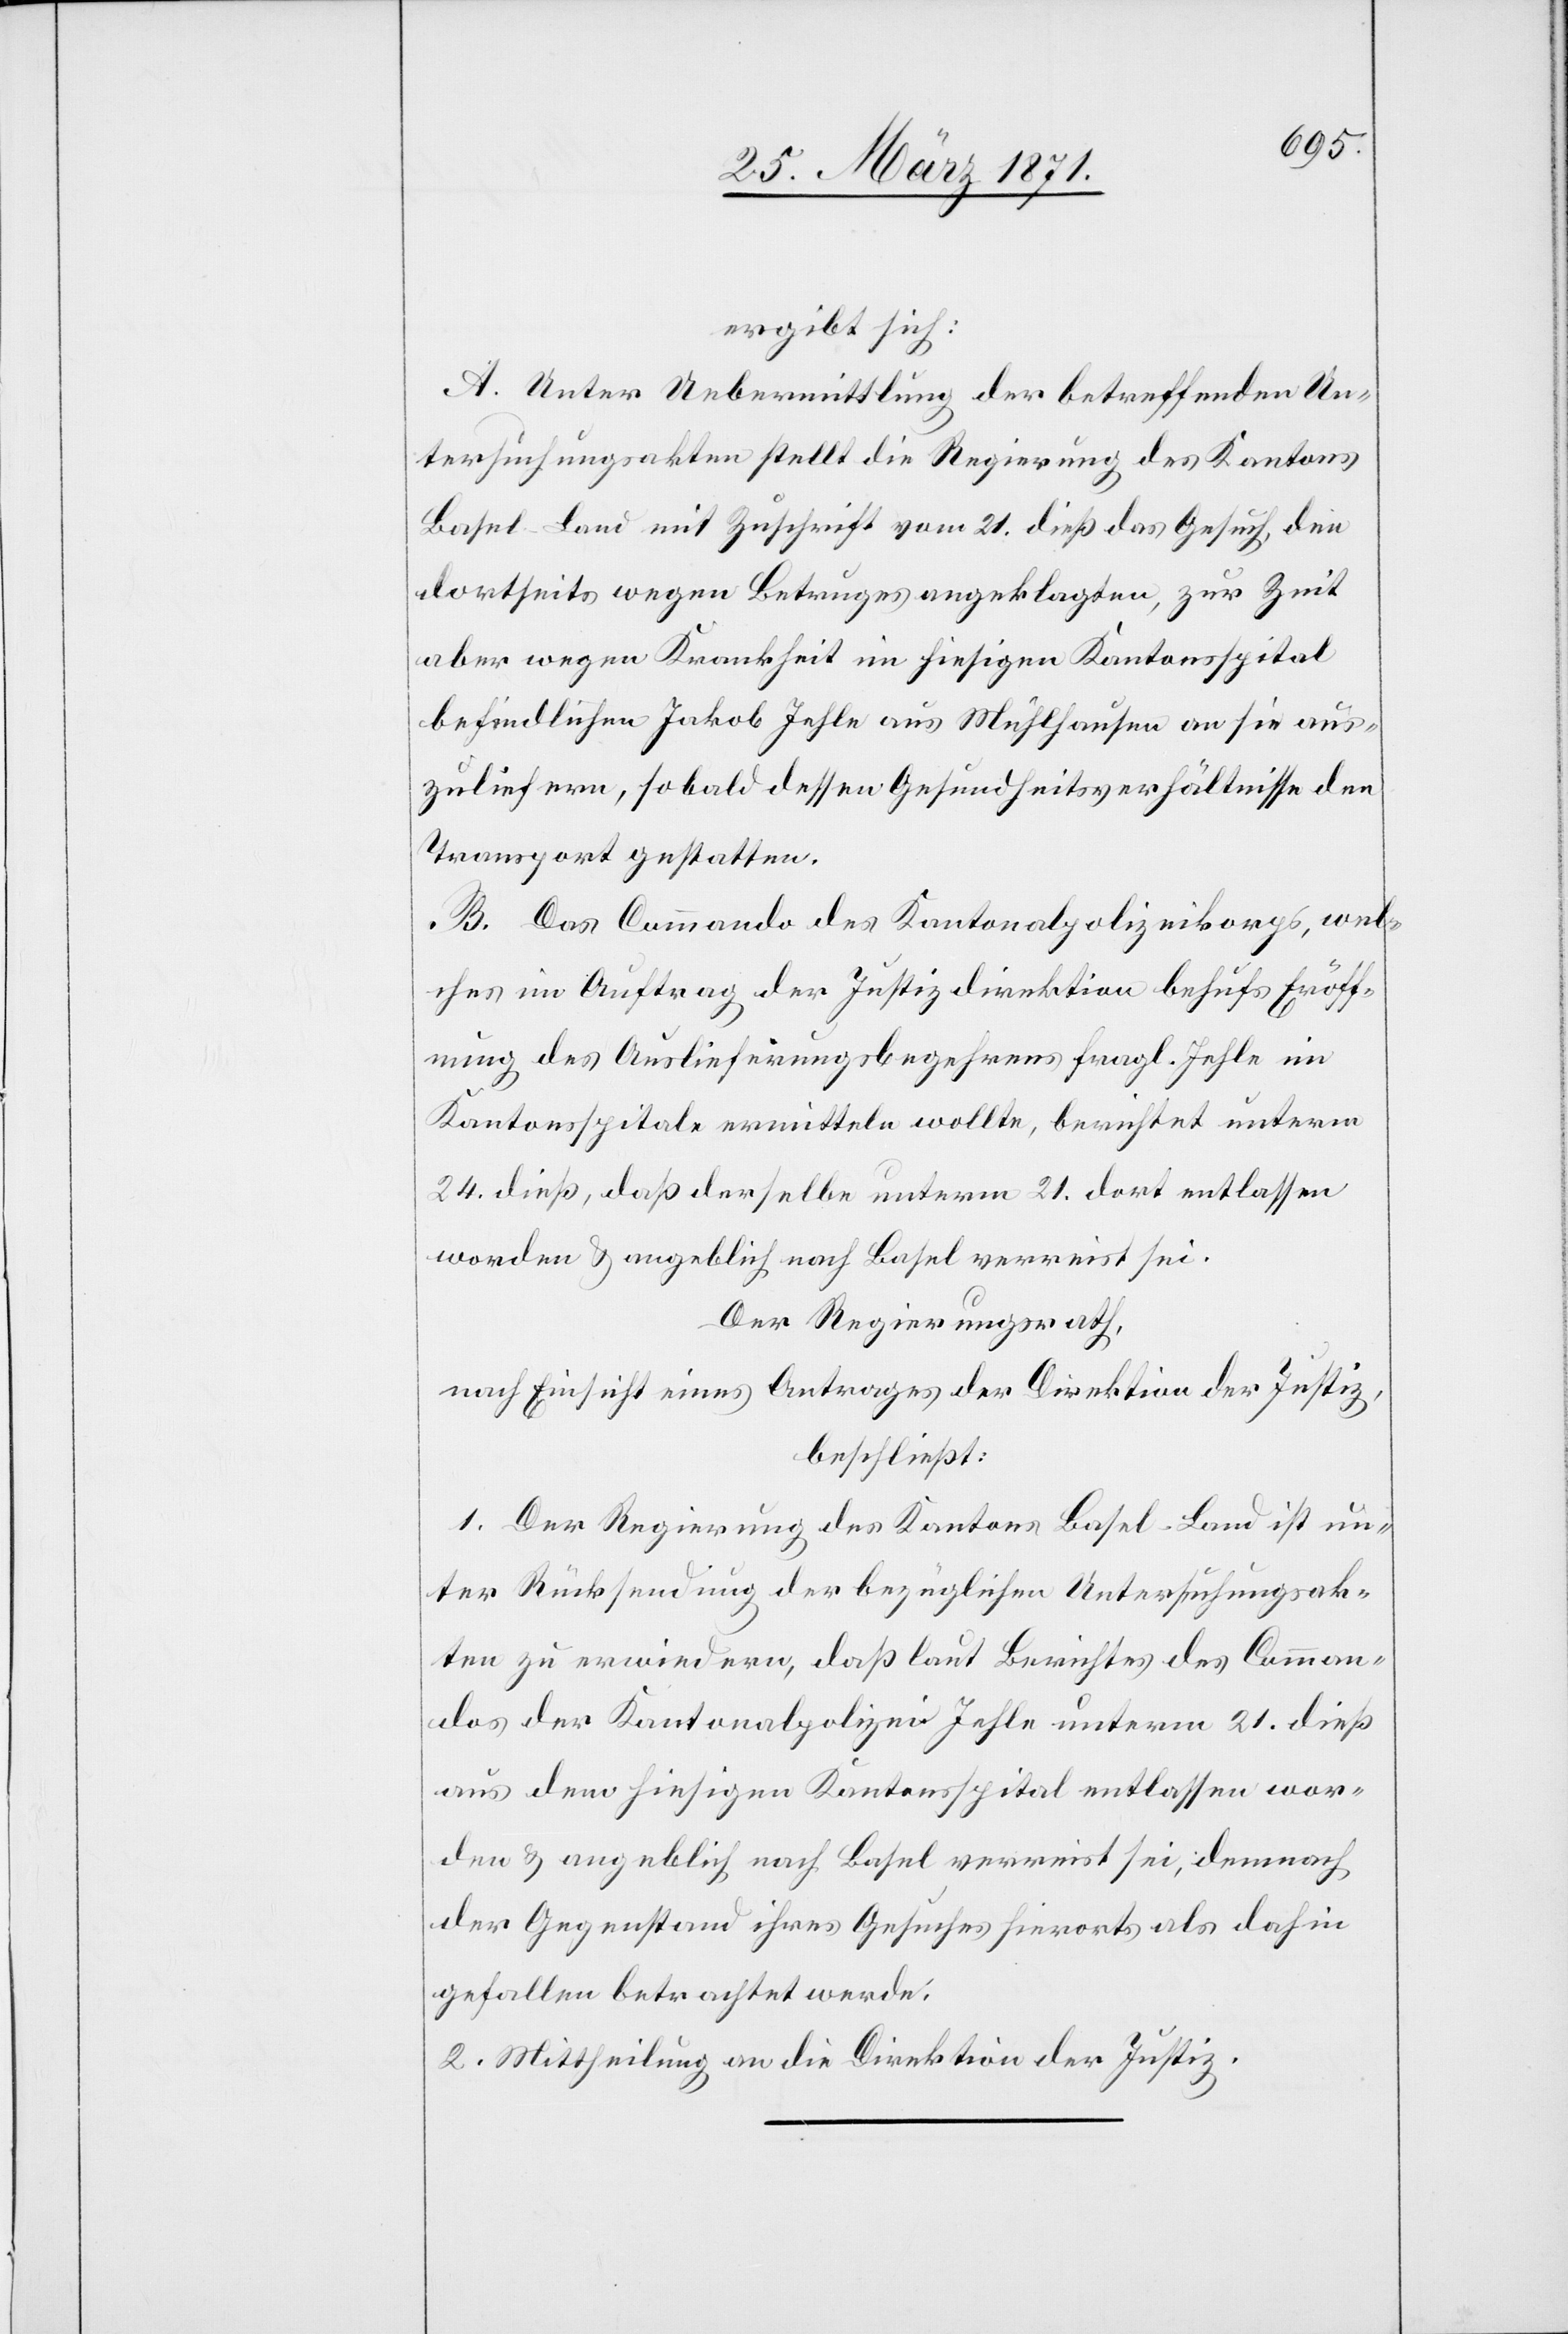
ergibt sich:
A. Unter Uebermittlung der betreffenden Un¬
tersuchungsakten stellt die Regierung des Kantons
Basel-Land mit Zuschrift vom 21. dieß das Gesuch, den
dortseits wegen Betruges angeklagten, zur Zeit
aber wegen Krankheit im hiesigen Kantonsspital
befindlichen Jakob Jehle aus Mühlhausen an sie aus¬
zuliefern, sobald dessen Gesundheitsverhältnisse den
Transport gestatten.
B. Das Commando des Kantonalpolizeikorps, wel¬
ches im Auftrag der Justizdirektion behufs Eröff¬
nung des Auslieferungsbegehrens fragl. Jehle im
Kantonsspitale ermitteln wollte, berichtet unterm
24. dieß, daß derselbe unterm 21. dort entlassen
worden u. angeblich nach Basel verreist sei.
Der Regierungsrath,
nach Einsicht eines Antrages der Direktion der Justiz,
beschließt:
1. Der Regierung des Kantons Basel-Land ist un¬
ter Rücksendung der bezüglichen Untersuchungsak¬
ten zu erwiedern, daß laut Berichtes des Comman¬
dos der Kantonalpolizei Jehle unterm 21. dieß
aus dem hiesigen Kantonsspital entlassen wor¬
den u. angeblich nach Basel verreist sei, demnach
der Gegenstand ihres Gesuches hierorts als dahin
gefallen betrachtet werde.
2. Mittheilung an die Direktion der Justiz.